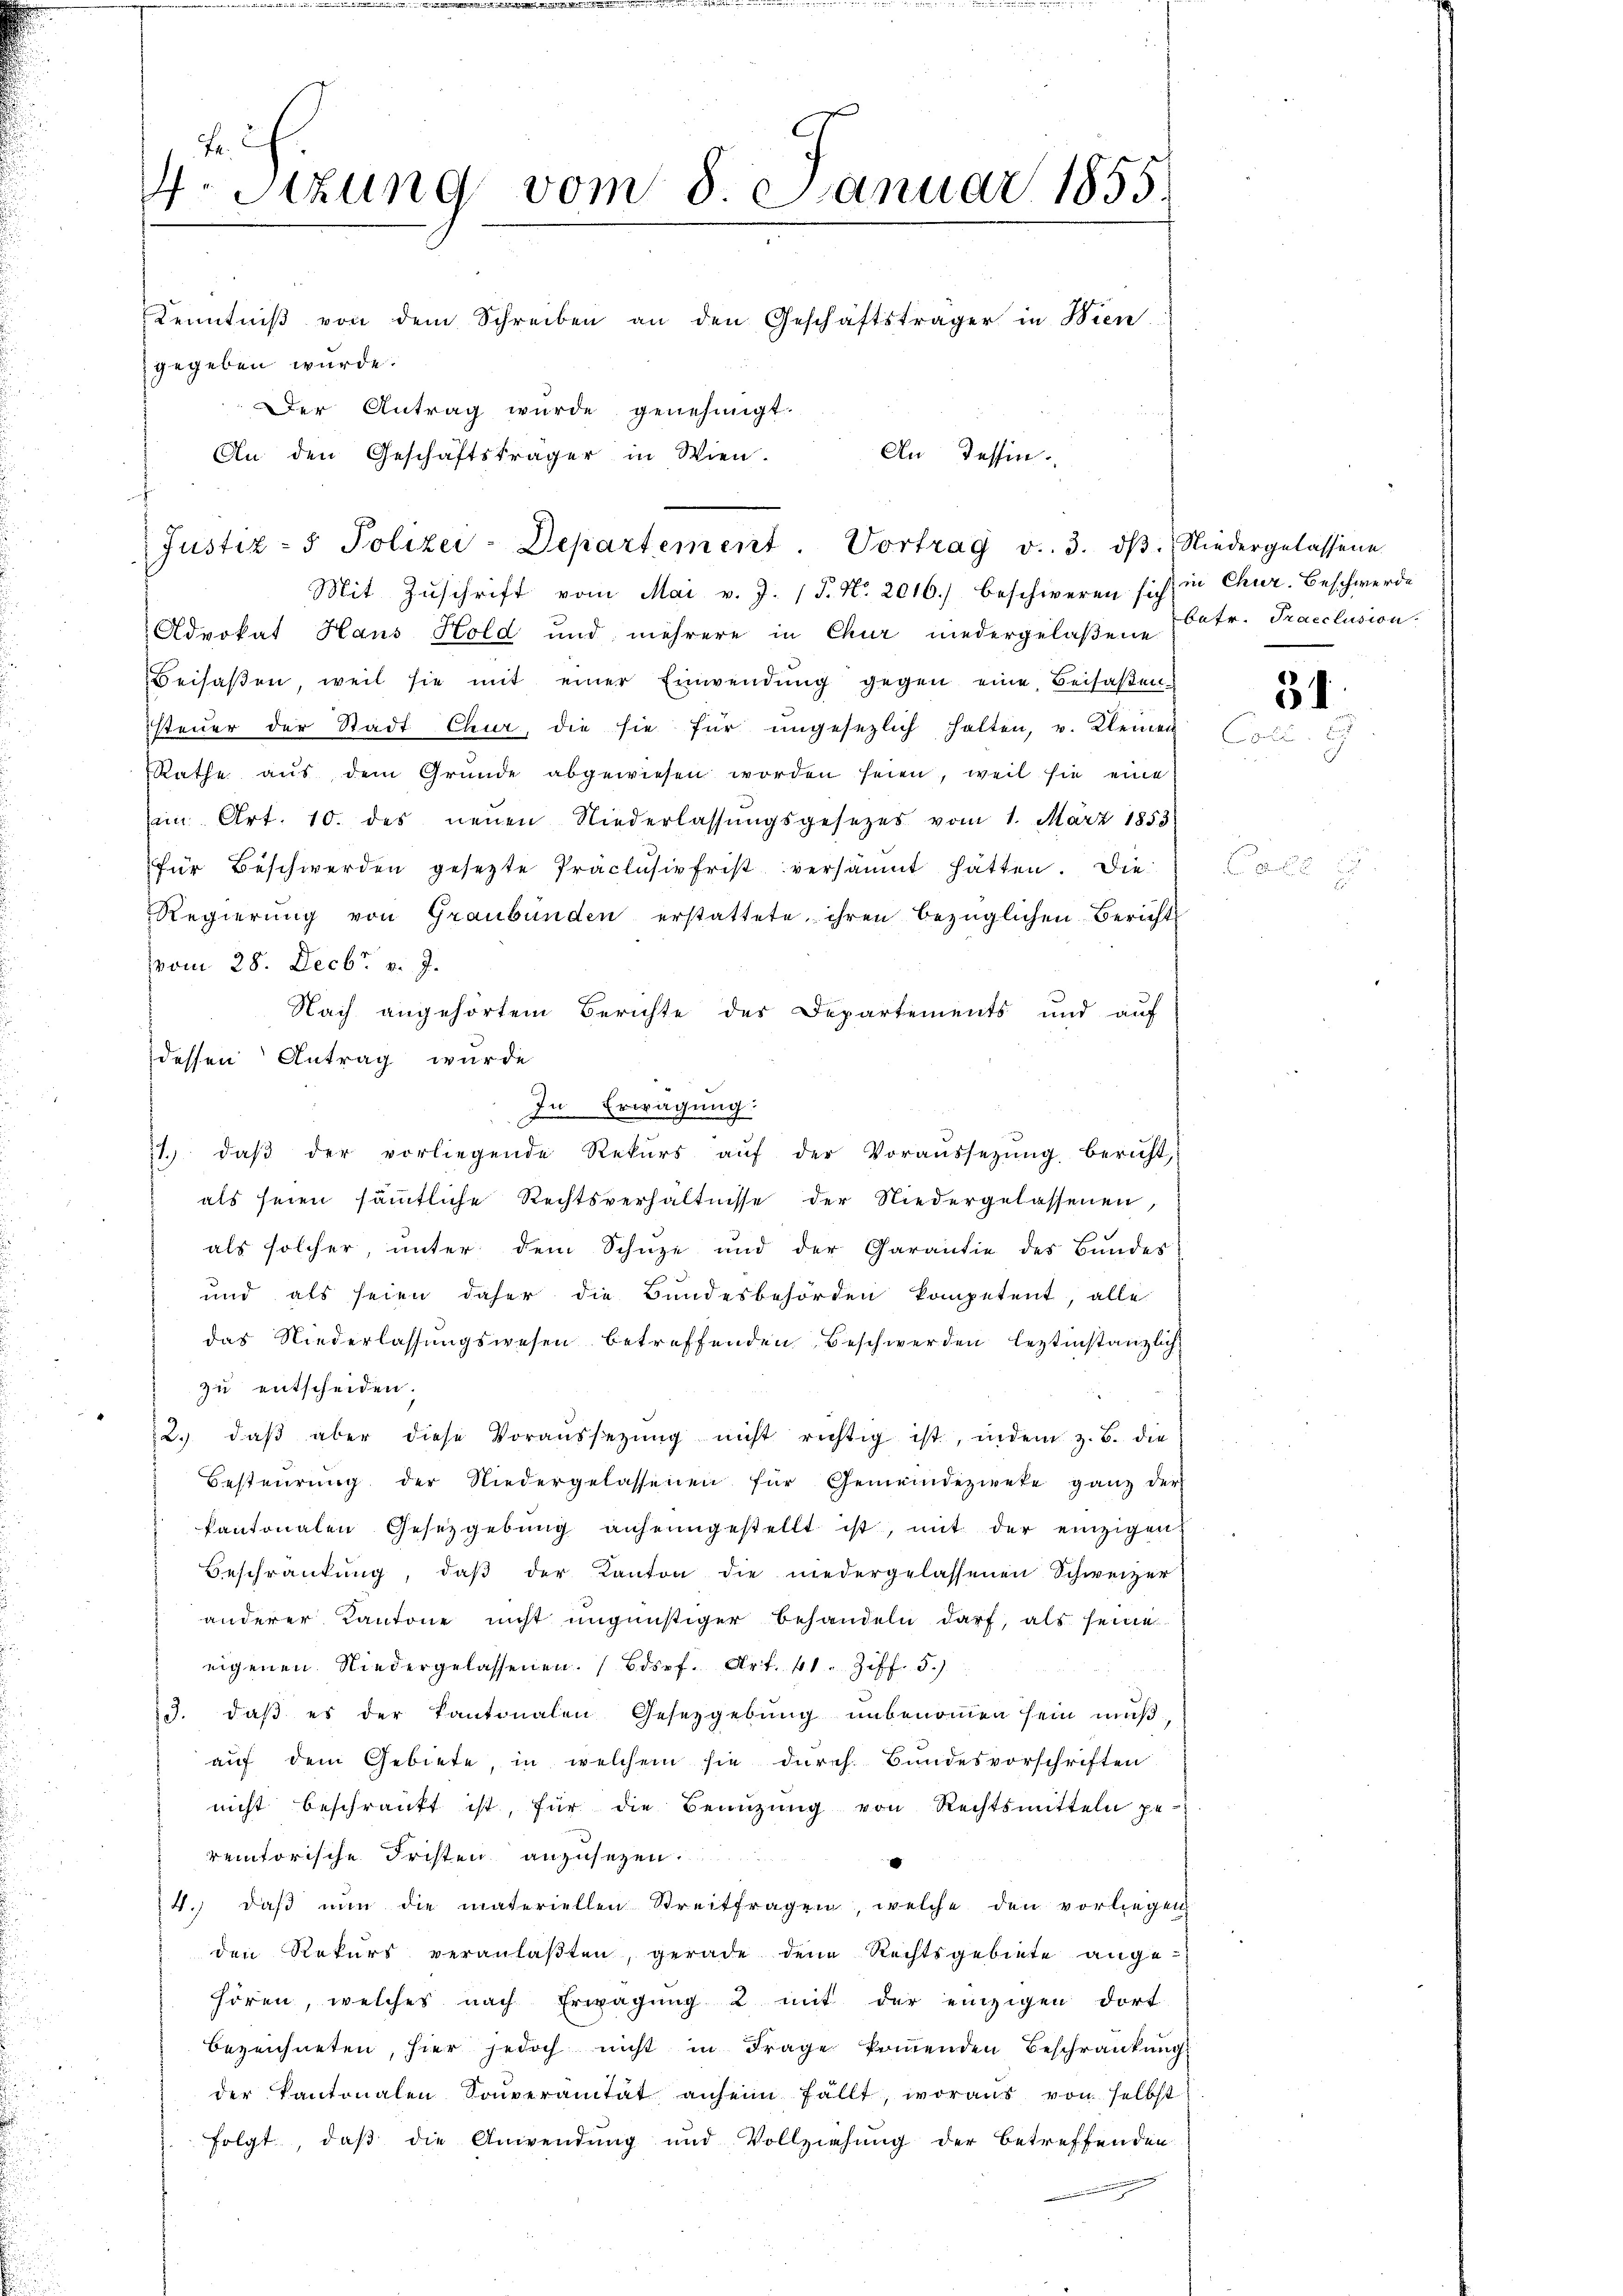
Fr.
4.Stzung vom 8. Januar 1855.
Kenntniβ von dem Schreiben an den Geschäftsträger in Bien-
gegeben wurde.
Der Antrag wurde genehmigt.
An den Geschäftsträger in Wien.
An Tessin
f

Justiz- & Polizei-Departement. Vortrag v. 3. dβ.
Mit Zŭschrift vom Mai v. J. (T. No. 2016.) beschweren sich in Chur. Beschwerde

Advokat Haus Hold und mehrere in Chur niedergelaßene Catr. Tracclusion.
Beisaβen, weil sie mit einer Einwendŭng gegen eine Beisaβen-
steŭer der Stadt Chur, die sie für ungesezlich halten, u. Kleinen
Rathe aŭs dem Gründe abgewiesen worden seien, weil sie eine
i Art. 10. des neuen Niederlassŭngsgesetzes vom 1. März 1853
für Beschwerden gesetzte Präclusivfrist versäumt hatten. Die
Regierung von Graubünden erstattete ihren bezüglichen Bericht
vom 28. Decbr. v. J.
Nach angehörtem Berichte des Departements und auf
dessen Antrag wurde
In Erwägung:
1. daβ der vorliegende Rekŭrs aŭf der Voraussetzŭng bericht,
als seien sämmtliche Rechtsverhältnisse der Niedergelassenen,
als solcher, unter dem Schuze und der Garantie des Bundes
und als seien daher die Bundesbehörden kompetent, alle
das Niederlassungswesen betreffenden Beschwerden leztinstanzlich
zu entscheiden.
2. daβ aber diese Voraŭssetzŭng nicht richtig ist, indem z. B. die
Besteurung der Niedergelassenen für Gemeindezweke ganz der
kantonalen Gesetzgebung anheimgestellt ist, mit der einzigen
Beschränkung, daβ der Kanton die niedergelassenen Schweizer
anderer Kantone nicht ungünstiger Behandeln darf, als seine
eigenen Niedergelassenen. (Bdsef. Art. 41. Ziff. 5.)
3. daß es der Kantonalen Gesetzgebung unbenommen sein mußauf dem Gebiete, in welchem sie durch. Bundesvorschriften
nicht beschränkt ist, für die Benüzung von Rechtsmitteln ge-
remtorische Fristen anzusehen.
24. daβ nŭn die materiellen Streitfragen, welche den vorliegen
den Rekurs veranlaβten, gerade den Rechtsgebiete angehören, welches nach Erwägung 2 mit der einzigen dort
bezeichneten, hier jedoch nicht in Frage kommenden Beschränkung
der Kantonalen Soŭverantat anheim fällt, woraus von selbst
folgt, daß die Anwendung und Vollziehung der betreffenden
i

Niedergelassene

C
B

31
ali. E